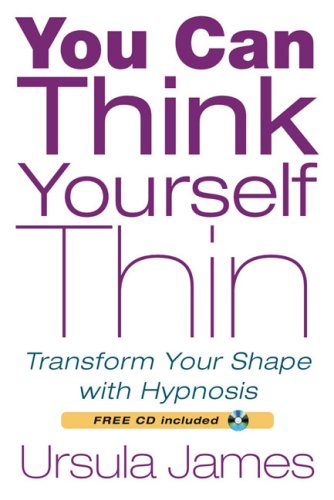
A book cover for You Can Think Yourself Thin: Transform Your Shape with Hypnosis; Ursula James; Health, Fitness & Dieting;